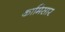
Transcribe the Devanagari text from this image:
कामिसार